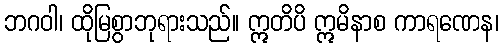
ဘဂဝါ၊ ထိုမြစွာဘုရားသည်။ ဣတိပိ ဣမိနာစ ကာရဏေန၊